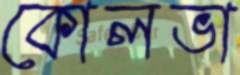
কোলভা